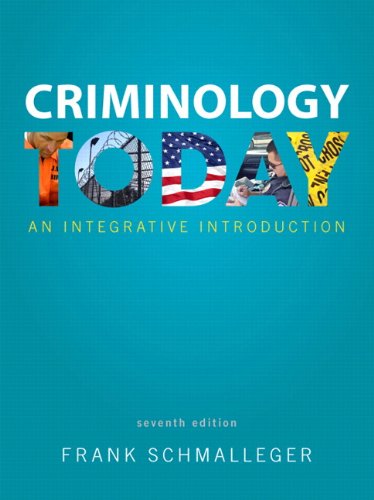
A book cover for Criminology Today: An Integrative Introduction (7th Edition); Frank J. Schmalleger; Politics & Social Sciences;